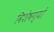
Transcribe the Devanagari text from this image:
विशेषग्यों